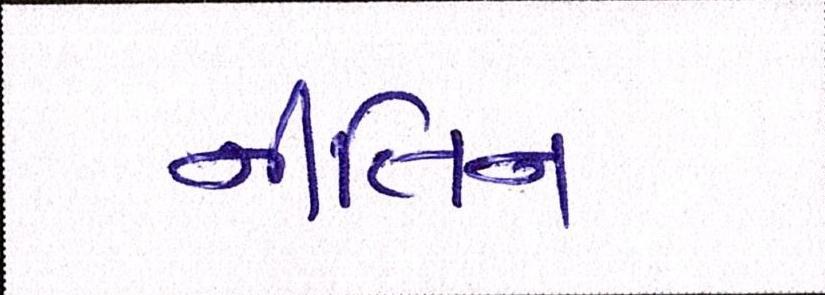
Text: નીતિન